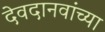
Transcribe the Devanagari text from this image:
देवदानवांच्या